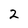
Character: 2